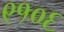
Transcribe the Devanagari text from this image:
९१०६